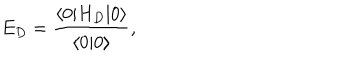
E _ { D } = \frac { \langle 0 | H _ { D } | 0 \rangle } { \langle 0 | 0 \rangle } ,